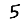
Digit: 5